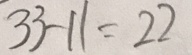
3 3 - 1 1 = 2 2